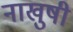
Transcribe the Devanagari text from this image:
नाखुषी